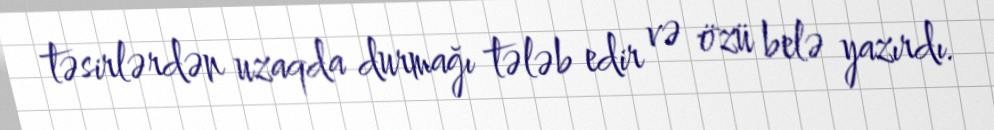
təsirlərdən uzaqda durmağı tələb edir və özü belə yazırdı.